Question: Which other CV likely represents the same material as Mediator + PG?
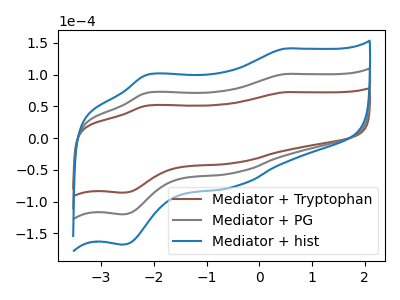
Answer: <think>The brown curve "Mediator + Tryptophan" has anodic peaks at (0.50V, 72.25uA) (-2.15V, 51.10uA) and cathodic peaks at (-0.45V, -39.20uA) (-2.60V, -86.05uA). The gray curve "Mediator + PG" has anodic peaks at (0.50V, 100.90uA) (-2.15V, 71.40uA) and cathodic peaks at (-0.45V, -54.75uA) (-2.60V, -120.20uA). The blue curve "Mediator + hist" has anodic peaks at (0.50V, 201.80uA) (-2.15V, 142.80uA) and cathodic peaks at (-0.45V, -109.55uA) (-2.60V, -240.45uA).
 All the peaks in "Mediator + Tryptophan" have a peak in "Mediator + PG" at the same potential. Every peak in "Mediator + Tryptophan" is lower than every peak in "Mediator + PG". All the peaks in "Mediator + Tryptophan" have a peak in "Mediator + hist" at the same potential. Every peak in "Mediator + Tryptophan" is lower than every peak in "Mediator + hist". All the peaks in "Mediator + PG" have a peak in "Mediator + hist" at the same potential. Every peak in "Mediator + PG" is lower than every peak in "Mediator + hist".</think>
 <answer>"Mediator + PG" and "Mediator + hist" have a similar shape to "Mediator + Tryptophan".</answer>
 <eval>"Mediator + PG" "Mediator + hist"</eval>